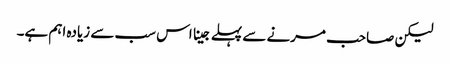
لیکن صاحب مرنے سے پہلے جینا اس سب سے زیادہ اہم ہے۔